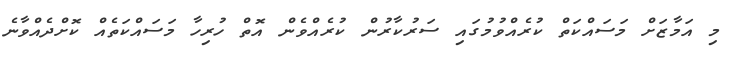
މި އަމާޒަށް މަސައްކަތް ކުރެއްވުމުގައި ސަރުކާރުން ކުރެއްވެން އޮތް ހުރިހާ މަސައްކަތެއް ކޮށްދެއްވާނެ